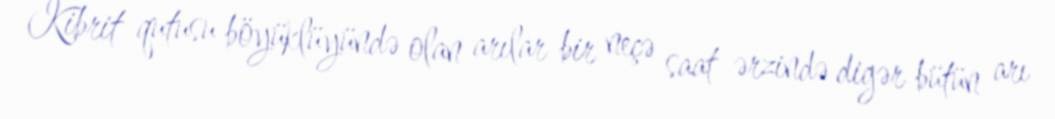
Kibrit qutusu böyüklüyündə olan arılar bir neçə saat ərzində digər bütün arı